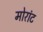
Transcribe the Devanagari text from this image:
मोरांट